Lunatic asylums in Bengal annual reports 1912-1924 - 1912-1924
Year: 1912
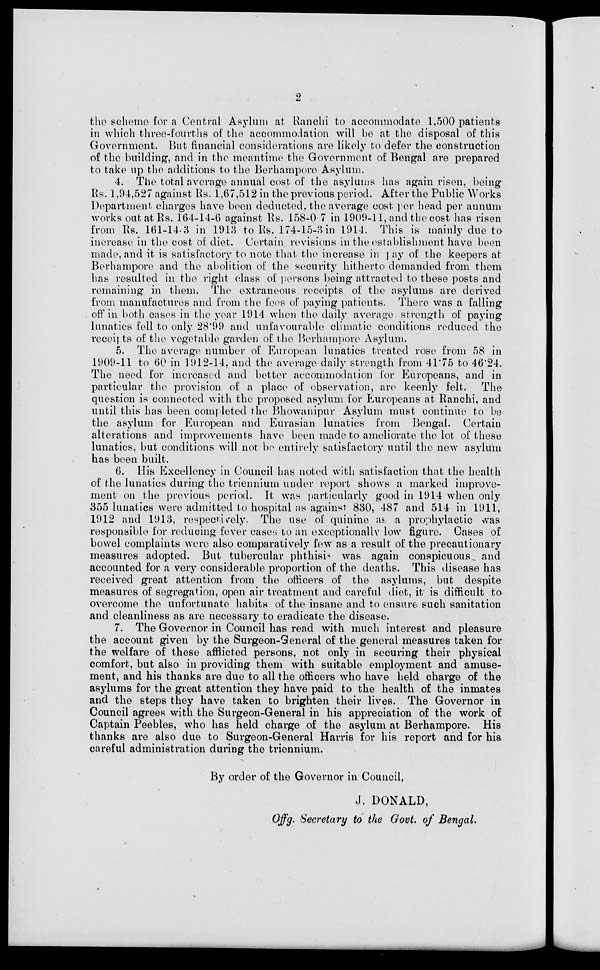
2
the scheme for a Central Asylum at Ranchi to accommodate 1,500 patients
in which three-fourths of the accommodation will be at the disposal of this
Government. But financial considerations are likely to defer the construction
of the building, and in the meantime the Government of Bengal are prepared
to take up the additions to the Berhampore Asylum.
4. The total average annual cost of the asylums has again risen, being
Rs. 1,94,527 against Rs. 1,67,512 in the previous period. After the Public Works
Department charges have been deducted, the average cost per head per annum
works out at Rs. 164-14-6 against Rs. 158-0 7 in 1909-11, and the cost has risen
from Rs. 161-14-3 in 1913 to Rs. 174-15-3 in 1914. This is mainly due to
increase in the cost of diet. Certain revisions in the establishment have been
made, and it is satisfactory to note that the increase in } ay of the keepers at
Berhampore and the abolition of the security hitherto demanded from them
has resulted in the right class of persons being attracted to these posts and
remaining in them. The extraneous receipts of the asylums are derived
from manufactures and from the fees of paying patients. There was a falling
off in both cases in the year 1914 when the daily average strength of paying
lunatics fell to only 28.99 and unfavourable climatic conditions reduced the
receipts of the vegetable garden of the Berhampore Asylum.
5. The average number of European lunatics treated rose from 58 in
1909-11 to 60 in 1912-14, and the average daily strength from 41.75 to 46.24.
The need for increased and better accommodation for Europeans, and in
particular the provision of a place of observation, are keenly felt.
The
question is connected with the proposed asylum for Europeans at Ranchi, and
until this has been completed the Bhowanipur Asylum must continue to be
the asylum for European and Eurasian lunatics from Bengal. Certain
alterations and improvements have been made to ameliorate the lot of these
lunatics, but conditions will not bo entirely satisfactory until the new asylum
has been built.
6. His Excellency in Council has noted with satisfaction that the health
of the lunatics during the triennium under report shows a marked improve-
ment on the previous period. It was particularly good in 1914 when only
355 lunatics were admitted to hospital as against 830, 487 and 514 in 1911,
1912 and 1913, respectively. The use of quinine as a prophylactic was
responsible for reducing fever cases to an exceptionally low figure. Cases of
bowel complaints were also comparatively few as a result of the precautionary
measures adopted. But tubercular phthisis was again conspicuous and
accounted for a very considerable proportion of the deaths. This disease has
received great attention from the officers of the asylums, but despite
measures of segregation, open air treatment and careful diet, it is difficult to
overcome the unfortunate habits of the insane and to ensure such sanitation
and cleanliness as are necessary to eradicate the disease.
7. The Governor in Council has read with much interest and pleasure
the account given by the Surgeon-General of the general measures taken for
the welfare of these afflicted persons, not only in securing their physical
comfort, but also in providing them with suitable employment and amuse-
ment, and his thanks are due to all the officers who have held charge of the
asylums for the great attention they have paid to the health of the inmates
and the steps they have taken to brighten their lives. The Governor in
Council agrees with the Surgeon-General in his appreciation of the work of
Captain Peebles, who has held charge of the asylum at Berhampore. His
thanks are also due to Surgeon-General Harris for his report and for his
careful administration during the triennium.
By order of the Governor in Council,
J. DONALD,
Offg. Secretary to the Govt, of Bengal.